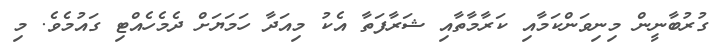
ގުރުބާނީން މިނިވަންކަމާއި ކަރާމާތާއި ޝަރާފަތާ އެކު މިއަދާ ހަމަޔަށް ދެމެހެއްޓި ގައުމެވެ. މި